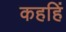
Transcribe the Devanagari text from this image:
कहहिं